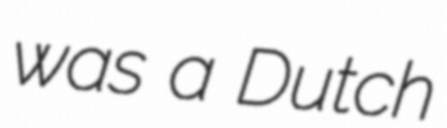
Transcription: was a Dutch